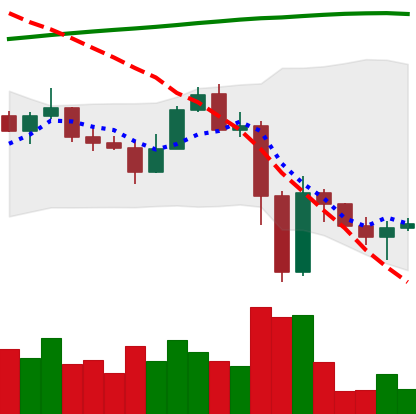
Ticker: ETC-USD
Chart end date: 2022-11-15
Forward return: -11.552%
Label: down_7plus